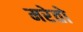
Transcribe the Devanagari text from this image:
मरेतो